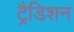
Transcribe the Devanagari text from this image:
ट्रैडिशन